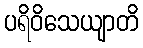
ပရိဝိသေယျာတိ